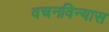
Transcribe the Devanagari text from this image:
वचनविन्यास